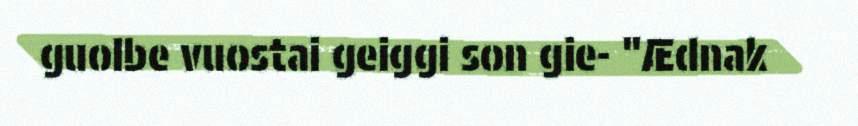
guolbe vuostai geiggi son gie- "Ædnak